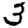
Digit: 3